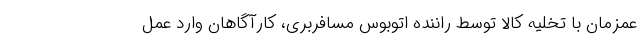
عمزمان با تخلیه کالا توسط راننده اتوبوس مسافربری، کارآگاهان وارد عمل